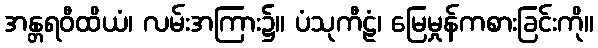
အန္တရဝီထိယံ၊ လမ်းအကြား၌။ ပံသုကီဠံ၊ မြေမှုန်ကစားခြင်းကို။